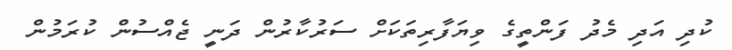
ކުދި އަދި މެދު ފަންތީގެ ވިޔަފާރިތަކަށް ސަރުކާރުން ދަނީ ޖެއްސުން ކުރަމުން